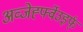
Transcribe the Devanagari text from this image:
अव्जेर्ह्फ्वेउइर्फ्